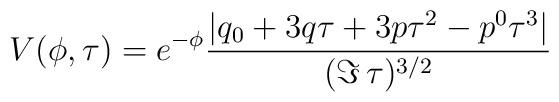
V(\phi,\tau) = e^{- \phi} \frac{|q_0 + 3 q \tau  + 3 p \tau^2 - p^0 \tau^3|}{(\Im\,\tau)^{3/2}}